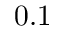
0 . 1